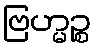
ဗြဟ္မဉ္စ